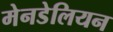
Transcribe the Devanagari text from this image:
मेनडेलियन